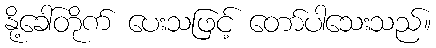
နို့ခေါ်တိုက် ပေးသဖြင့် တော်ပါသေးသည်။